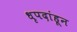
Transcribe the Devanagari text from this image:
धृपदांहून